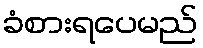
ခံစားရပေမည်